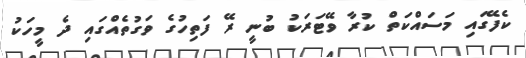
ކެފޭގައި މަސައްކަތް ކުރާ ވޭޓަރަކު ބުނީ ރޭ ފަތިހުގެ ވަގުތެއްގައި ދެ މީހަކު